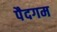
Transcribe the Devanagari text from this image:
पैदगम